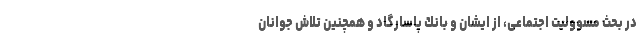
در بحث مسوولیت اجتماعی، از ایشان و بانك پاسارگاد و همچنین تلاش جوانان